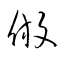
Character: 倣